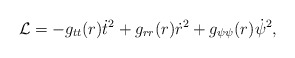
\begin{align*} {\cal L}= -g_{tt}(r)\dot{t}^2 +g_{rr}(r) \dot{r}^2 + g_{\psi\psi}(r) \dot{\psi}^2,\end{align*}